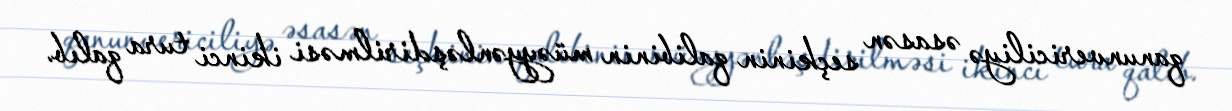
qanunvericiliyə əsasən seçkinin qalibinin müəyyənləşdirilməsi ikinci tura qalıb.